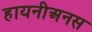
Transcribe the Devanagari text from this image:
हायनीअनस